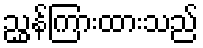
ညွှန်ကြားထားသည်